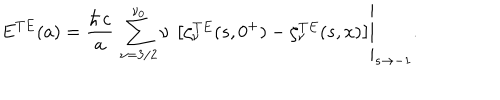
LaTeX: \displaystyle { E ^ { T E } ( a ) = \left. \frac { \hbar \, c } { a } \, \sum _ { \nu = 3 / 2 } ^ { \nu _ { 0 } } \nu \, \left[ \zeta _ { \nu } ^ { T E } ( s , 0 ^ { + } ) - \zeta _ { \nu } ^ { T E } ( s , x ) \right] \right| _ { s \rightarrow - 1 } } .